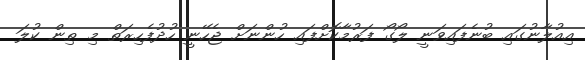
އިއުލާނުގައި ބުނެފައިވަނީ ލޯގޯ ފަރުމާކޮށްފައި ހުންނަށް ޖެހޭނީ ހުދުފެހިރަތް މި ތިން ކުލަ